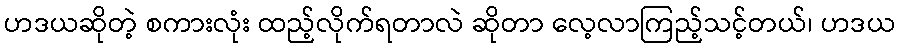
ဟဒယဆိုတဲ့ စကားလုံး ထည့်လိုက်ရတာလဲ ဆိုတာ လေ့လာကြည့်သင့်တယ်၊ ဟဒယ